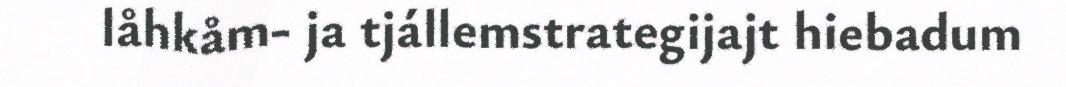
låhkåm- ja tjállemstrategijajt hiebadum